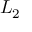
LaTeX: L _ { \mathrm { 2 } }